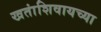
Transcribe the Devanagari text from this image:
खतांशिवायच्या